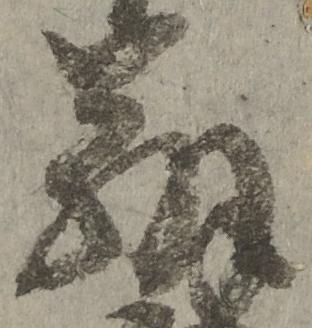
弁